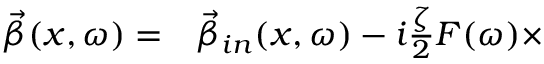
\begin{array} { r l } { \vec { \beta } ( x , \omega ) = } & { { } \vec { \beta } _ { i n } ( x , \omega ) - i \frac { \zeta } { 2 } F ( \omega ) \times } \end{array}